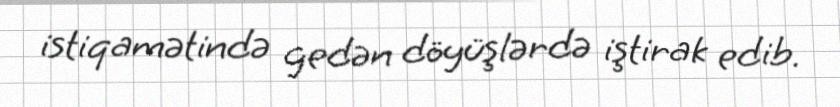
istiqamətində gedən döyüşlərdə iştirak edib.